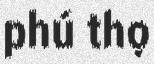
phú thọ